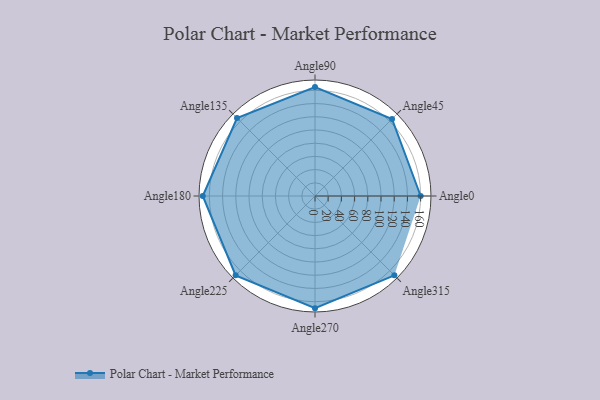
{"axis": {"x": "Angle", "y": "Radius"}, "legend": [""], "data": [{"x": "Angle0", "y": 160.0, "type": ""}, {"x": "Angle45", "y": 165.0, "type": ""}, {"x": "Angle90", "y": 165.0, "type": ""}, {"x": "Angle135", "y": 167.0, "type": ""}, {"x": "Angle180", "y": 170, "type": ""}, {"x": "Angle225", "y": 170, "type": ""}, {"x": "Angle270", "y": 170, "type": ""}, {"x": "Angle315", "y": 170, "type": ""}]}